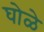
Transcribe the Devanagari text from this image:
घोळे